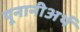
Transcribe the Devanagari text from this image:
यूनानीअर्थ